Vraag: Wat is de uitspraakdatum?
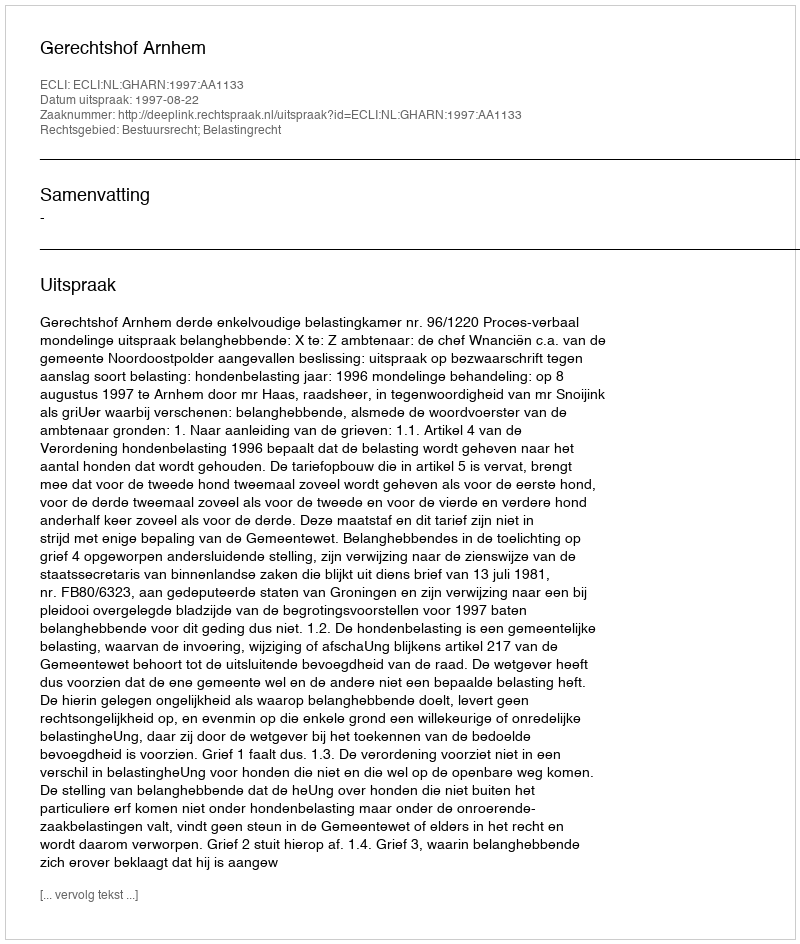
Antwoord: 1997-08-22